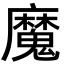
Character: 魔